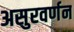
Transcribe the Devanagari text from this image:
असुरवर्णन